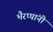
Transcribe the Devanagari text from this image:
भैरप्पांनी